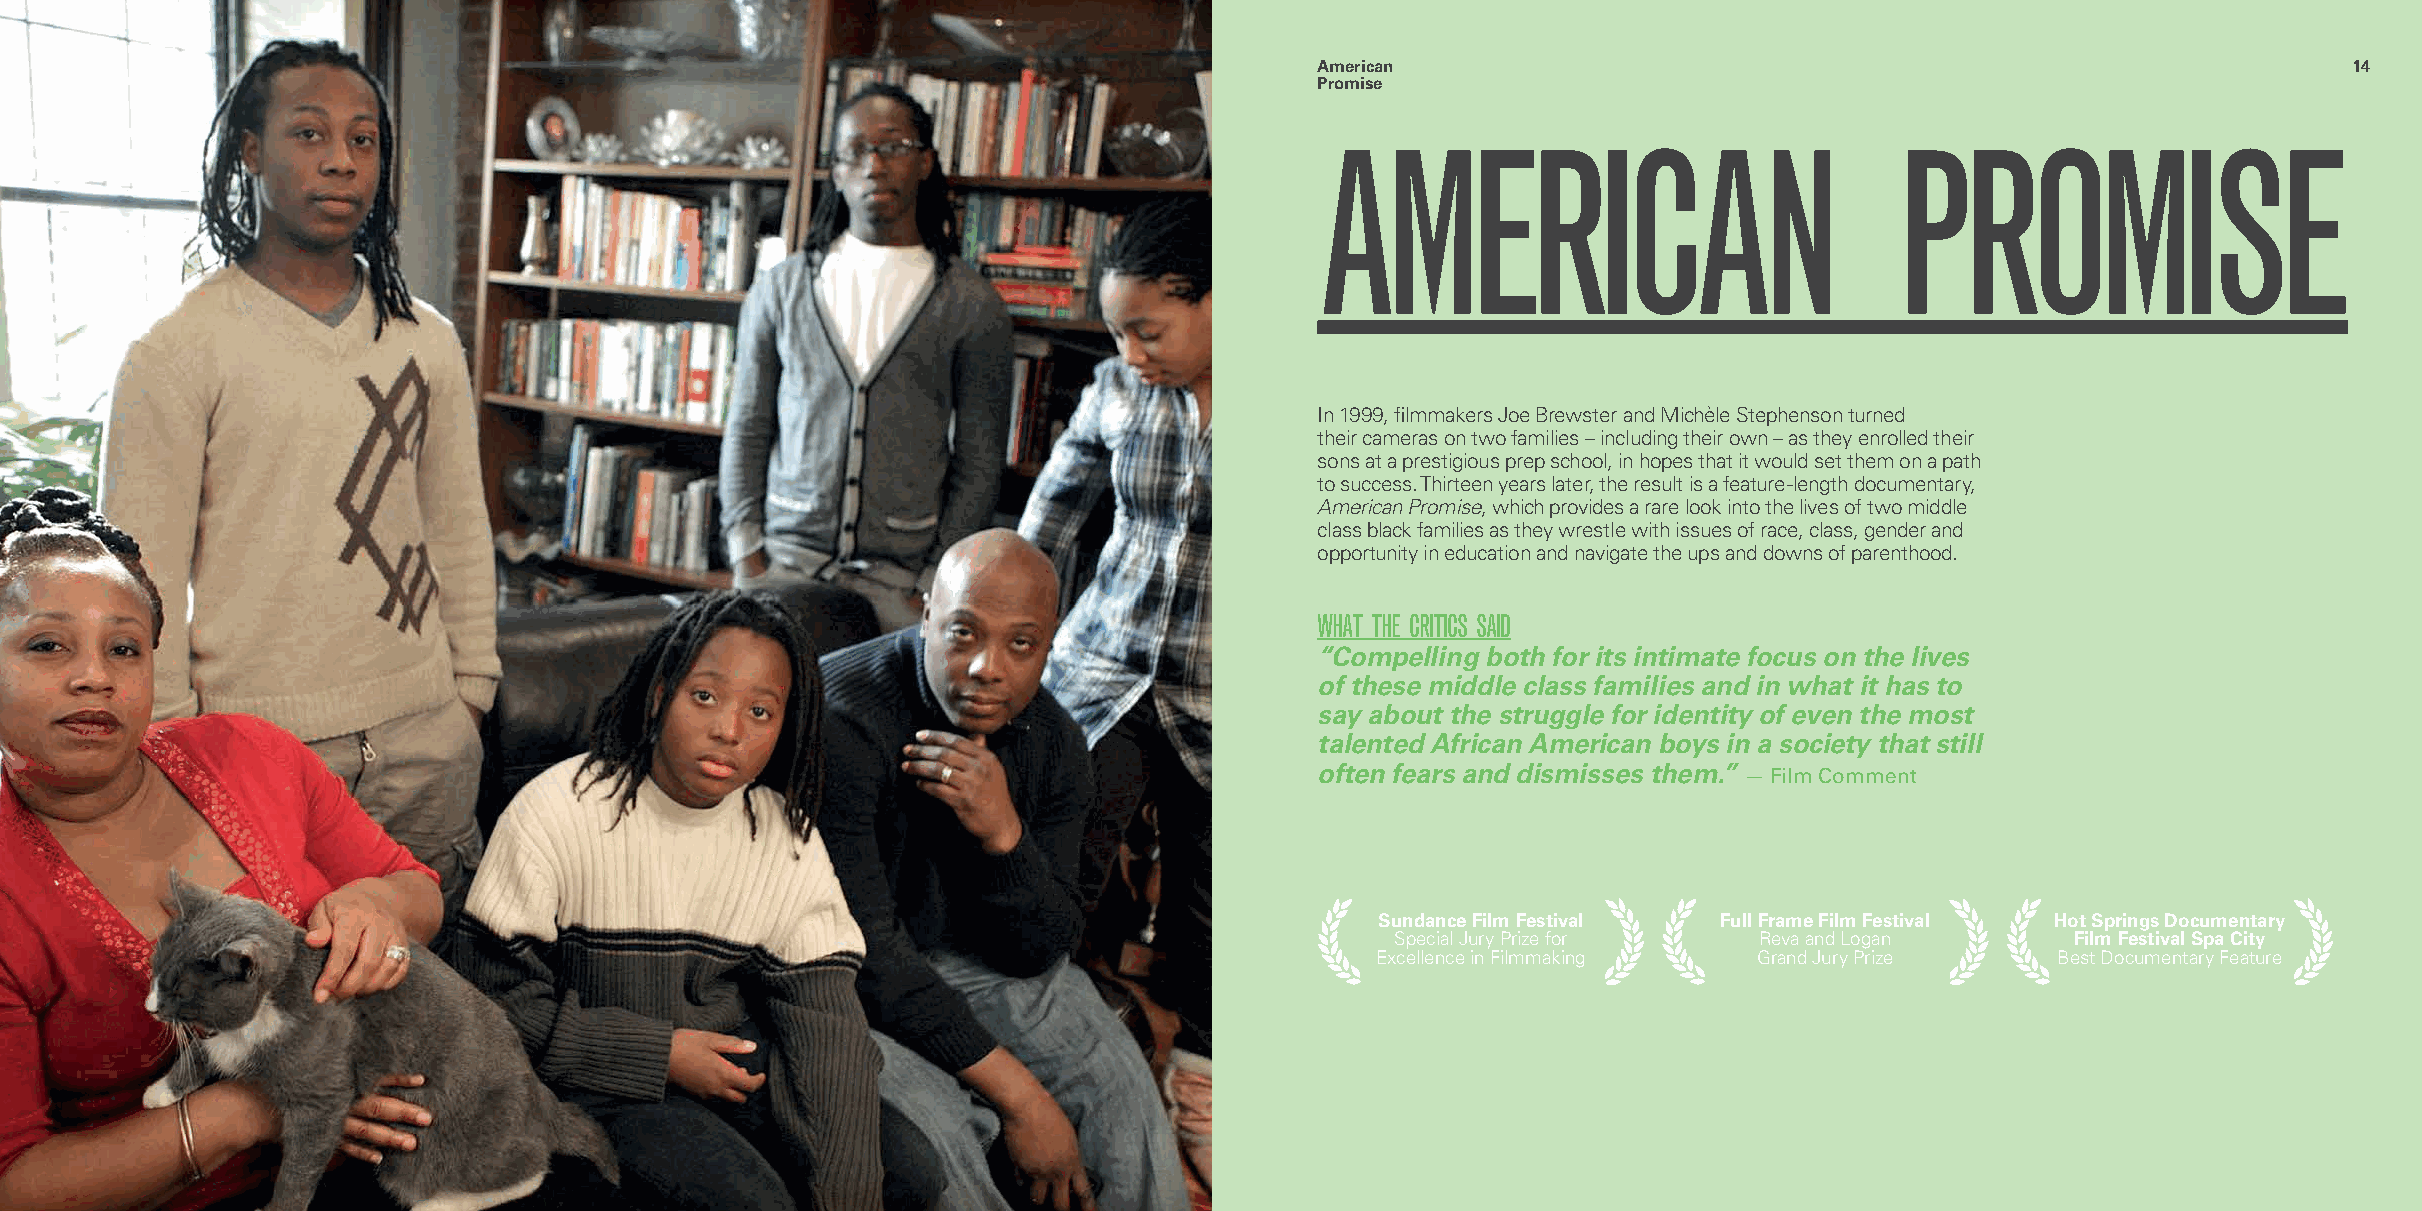
13                                                                                  American                                                             1144
 Promise
 AMERICAN                              PROMISE
 In 1999, filmmakers Joe Brewster and Michèle Stephenson turned
 their cameras on two families – including their own – as they enrolled their
 sons at a prestigious prep school, in hopes that it would set them on a path
 to success. Thirteen years later, the result is a feature-length documentary,
 American Promise, which provides a rare look into the lives of two middle
 class black families as they wrestle with issues of race, class, gender and
 opportunity in education and navigate the ups and downs of parenthood.
 WHAT THE CRITICS SAID
 “Compelling both for its intimate focus on the lives
 of these middle class families and in what it has to
 say about the struggle for identity of even the most
 talented African American boys in a society that still
 often fears and dismisses them.” — Film Comment
 Sundance Film Festival Full Frame Film Festival Hot Springs Documentary
 Special Jury Prize for  Reva and Logan       Film Festival Spa City
 Excellence in Filmmaking Grand Jury Prize    Best Documentary Feature